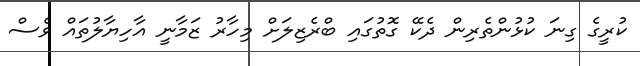
ކުރީގެ ގިނަ ކުޅުންތެރިން ދެކޭ ގޮތުގައި ބްރެޒިލަށް މިހާރު ޒަމާނީ އާހިޔާލުތައް ވެސް